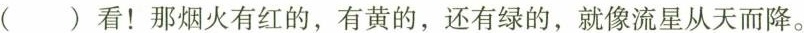
( )看！那烟火有红的，有黄的，还有绿的，就像流星从天而降。